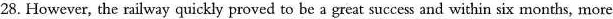
28.However,the railway quickly proved to be agreat succes and within six months,more